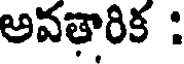
అవతారిక :